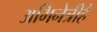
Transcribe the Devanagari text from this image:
अभिनेत्रीहैं